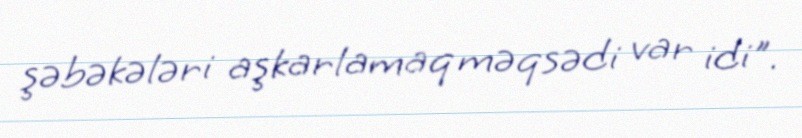
şəbəkələri aşkarlamaq məqsədi var idi".